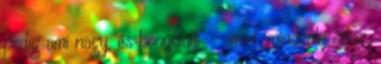
pedig ami nagy, és bonyolult” – érvel, mindenki értse,